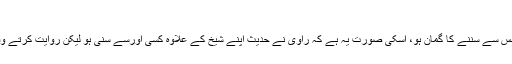
مُدلَّس الاِسناد:
وہ حدیث جس کو راوی اپنے شیخ سے سنے بغیر ایسے الفاظ سے شیخ کی طرف نسبت کرے جس سے سننے کا گمان ہو، اسکی صورت یہ ہے کہ راوی نے حدیث اپنے شیخ کے علاوہ کسی اورسے سنی ہو لیکن روایت کرتے وقت ایسے الفاظ ذکر کرے جو شیخ سے سماع کا ایہام کرتے ہوں، جیسے قَالَ، عَنْ اور أَنَّ وغیرہ۔